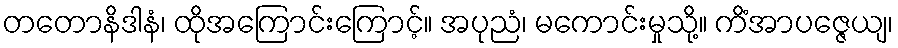
တတောနိဒါနံ၊ ထိုအကြောင်းကြောင့်။ အပုညံ၊ မကောင်းမှုသို့။ ကိံအာပဇ္ဇေယျ၊